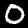
Digit: 0